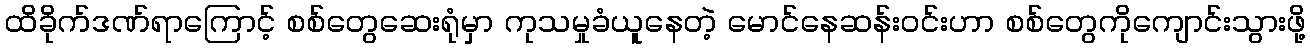
ထိခိုက်ဒဏ်ရာကြောင့် စစ်တွေဆေးရုံမှာ ကုသမှုခံယူနေတဲ့ မောင်နေဆန်းဝင်းဟာ စစ်တွေကိုကျောင်းသွားဖို့